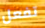
تفعل